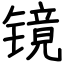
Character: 镜